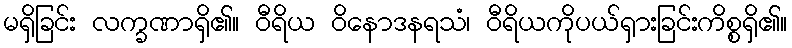
မရှိခြင်း လက္ခဏာရှိ၏။ ဝီရိယ ဝိနောဒနရသံ၊ ဝီရိယကိုပယ်ရှားခြင်းကိစ္စရှိ၏။